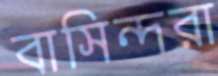
বাসিন্দরা